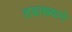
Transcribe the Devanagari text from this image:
तडाख्याने